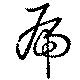
虎